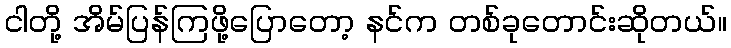
ငါတို့ အိမ်ပြန်ကြဖို့ပြောတော့ နင်က တစ်ခုတောင်းဆိုတယ်။